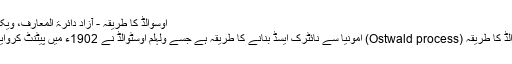
اوسوالڈ کا طریقہ - آزاد دائرۃ المعارف، ویکیپیڈیا
اوسوالڈ کا طریقہ (Ostwald process) امونیا سے نائٹرک ایسڈ بنانے کا طریقہ ہے جسے ولہلم اوسٹوالڈ نے 1902ء میں پیٹنٹ کروایا تھا۔